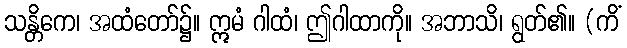
သန္တိကေ၊ အထံတော်၌။ ဣမံ ဂါထံ၊ ဤဂါထာကို။ အဘာသိ၊ ရွတ်၏။ (ကိံ